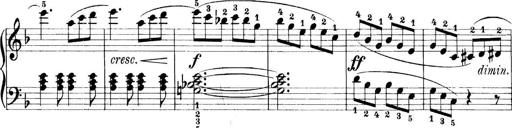
Title: 11 Sonatinas
Composer: Anton Diabelli